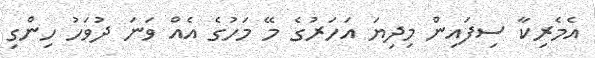
އެމެރިކާ ސިފައިން މިދިޔަ އަހަރުގެ މޭ މަހުގެ އެއް ވަނަ ދުވަހު ހިންގި